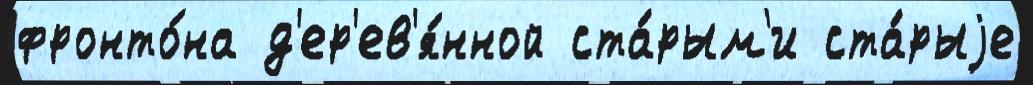
фронто́на д'ер'ев'я́нной ста́рым'и ста́рыjе